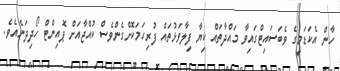
ހާން އެކަޑަމީގެ ވެބަސައިޓްގައިވާ މައްދާތައް ކިޔާ ފިލާވަޅުތައް ފުރިހަމަކޮށްގެންވެސް ކުއްޖާއަށް ޕޮއިންޓް ހޯދިދަނެއެވެ.